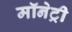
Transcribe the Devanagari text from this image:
मॉनेट्री